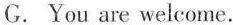
G. You are welcome.